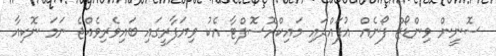
ސޮނީން ވިންޑޯޒް ފޯނެއް އުފައްދައި މައިކްރޮސޮފްޓާ އެކު ވިޔަފާރީގައި ބައިވެރިވެއްޖެ ނަމަ ނޮކިއާ